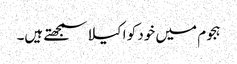
ہجوم میں خود کو اکیلا سمجھتے ہیں۔